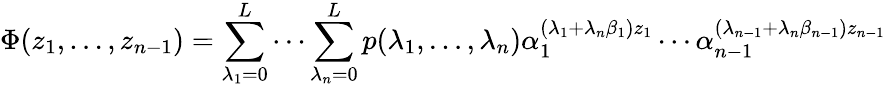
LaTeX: \Phi(z_{1},\ldots,z_{n-1})=\sum_{\lambda_{1}=0}^{L}\cdots\sum_{\lambda_{n}=0}^{L}p(\lambda_{1},\ldots,\lambda_{n})\alpha_{1}^{(\lambda_{1}+\lambda_{n}\beta_{1})z_{1}}\cdots\alpha_{n-1}^{(\lambda_{n-1}+\lambda_{n}\beta_{n-1})z_{n-1}}